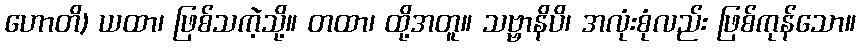
ဟောတိ) ယထာ၊ ဖြစ်သကဲ့သို့။ တထာ၊ ထို့အတူ။ သဗ္ဗာနိပိ၊ အလုံးစုံလည်း ဖြစ်ကုန်သော။